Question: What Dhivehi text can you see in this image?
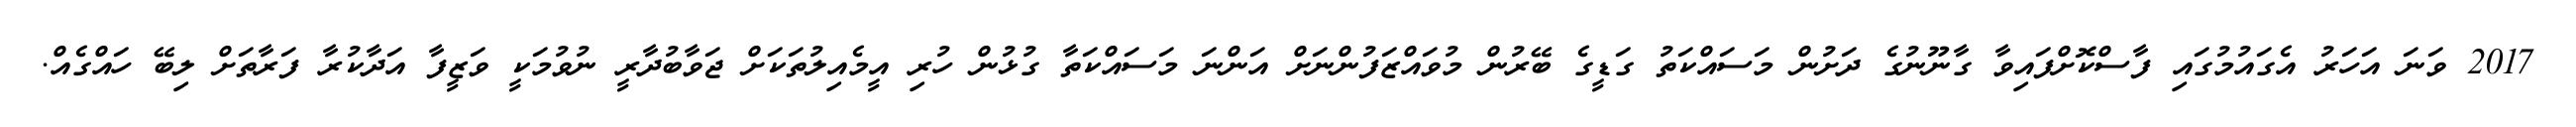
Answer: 2017 ވަނަ އަހަރު އެގައުމުގައި ފާސްކޮށްފައިވާ ގާނޫނުގެ ދަށުން މަސައްކަތު ގަޑީގެ ބޭރުން މުވައްޒަފުންނަށް އަންނަ މަސައްކަތާ ގުޅުން ހުރި އީމެއިލުތަކަށް ޖަވާބުދާރީ ނުވުމަކީ ވަޒީފާ އަދާކުރާ ފަރާތަށް ލިބޭ ހައްގެއް.